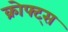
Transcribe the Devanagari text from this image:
क्रोफ्ट्स